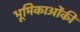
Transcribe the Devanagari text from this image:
भूमिकाओंकी